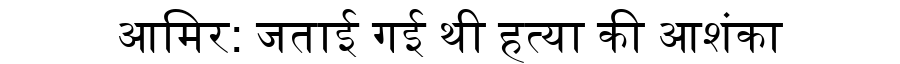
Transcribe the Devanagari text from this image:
आमिर: जताई गई थी हत्या की आशंका